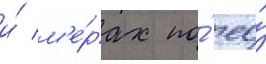
и́ м'е́рах по́ ео́